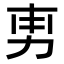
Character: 𭄡